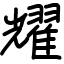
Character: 耀